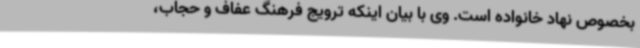
بخصوص نهاد خانواده است. وی با بیان اینکه ترویج فرهنگ عفاف و حجاب،